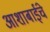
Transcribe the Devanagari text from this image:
आशाबाईंचे